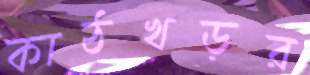
কাঠখড়র